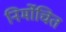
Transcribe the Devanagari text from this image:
निर्मोचित